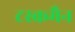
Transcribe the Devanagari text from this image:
टस्कमैन